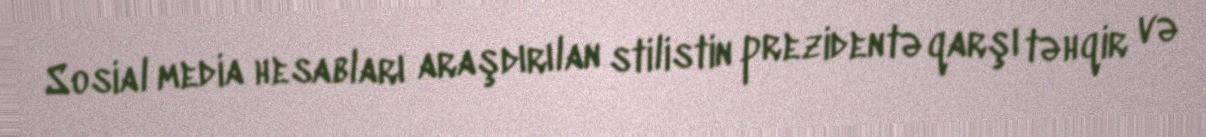
Sosial media hesabları araşdırılan stilistin prezidentə qarşı təhqir və